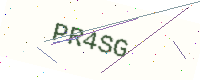
Text: PR4SG